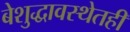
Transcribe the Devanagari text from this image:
बेशुद्धावस्थेतही